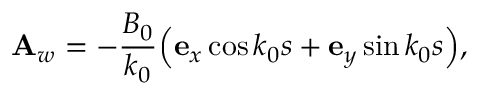
{ \bf A } _ { w } = - { \frac { B _ { 0 } } { k _ { 0 } } } { \left( { \bf e } _ { x } \cos k _ { 0 } s + { \bf e } _ { y } \sin k _ { 0 } s \right) } ,